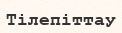
Тілепіттау